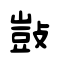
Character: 敱